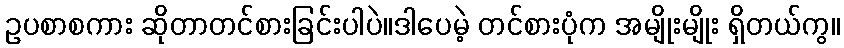
ဥပစာစကား ဆိုတာတင်စားခြင်းပါပဲ။ဒါပေမဲ့ တင်စားပုံက အမျိုးမျိုး ရှိတယ်ကွ။